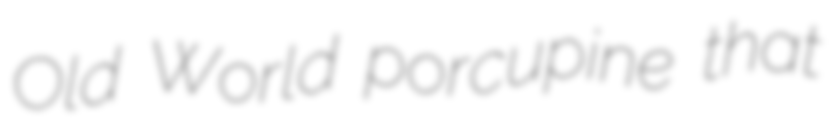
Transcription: Old World porcupine that